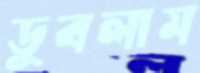
ডুবলাম